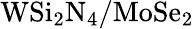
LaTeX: \mathrm{WSi_{2}N_{4}/MoSe_{2}}